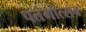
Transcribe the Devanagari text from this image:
पतंगोत्सव